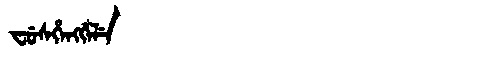
Manchu: ᠸᡠᠰᡥᡝᠩᡤᡝᠯᡝ
Romanization: FUSHENGGELE